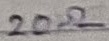
Text: 20Ω